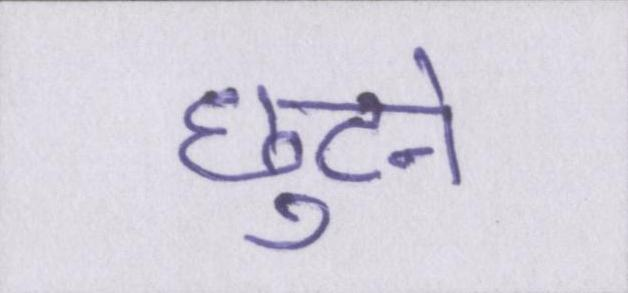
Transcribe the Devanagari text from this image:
छुटने